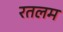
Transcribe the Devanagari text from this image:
रतलम